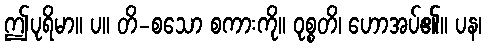
ဤပုရိမာ။ ပ။ တိ-စသော စကားကို။ ဝုစ္စတိ၊ ဟောအပ်၏။ ပန၊